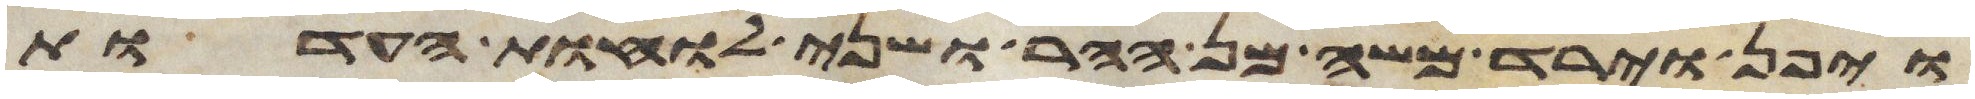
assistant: ויפן וירד משה מן ההר ושני לוחת העדות